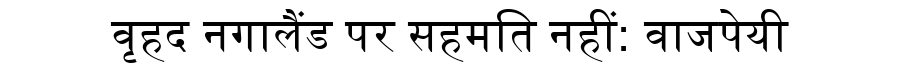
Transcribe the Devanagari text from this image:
वृहद नगालैंड पर सहमति नहीं: वाजपेयी